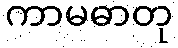
ကာမဓာတု